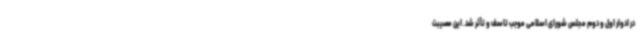
در ادوار اول و دوم مجلس شورای اسلامی موجب تاسف و تأثر شد. این مصیبت